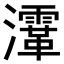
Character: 𤃸